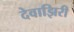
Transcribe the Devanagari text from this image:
देवाझिरी